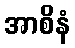
အာစိနံ